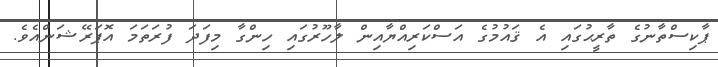
ޕާކިސްތާނުގެ ތާރީޙުގައި އެ ޤައުމުގެ އަސްކަރިއްޔާއިން ލާހޫރުގައި ހިންގާ މިފަދަ ފުރަތަމަ އޮޕަރޭޝަންއެވެ.